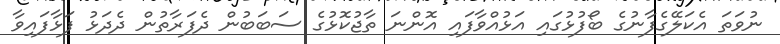
ނުވަތަ އެކަލޭގެފާނުގެ ބޯފުޅުގައި އަޅުއްވާފައި އޮންނަ ތާޖުކޮޅުގެ ސަބަބުން ދެފަރާތުން ދެދަޅު ފަޅާފައިވާ